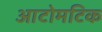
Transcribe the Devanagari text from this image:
आटोमटिक